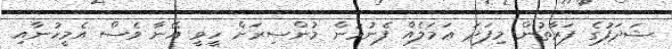
ޝަދަފުގެ ފަރާތުން މިފަދަ ޢަމަލެއް ފެނުމުން މުންސިރަށް ހީވީ އޭނާ ވެސް އެމީހުނާއި